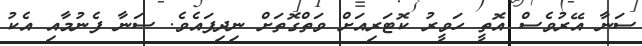
ސަނާ އޭރުވެސް އޮތީ ހަވީރު ކޮޓަރިއަށް ވަތްގޮތަށް ނިދިފައެވެ. ސަނާ ފެނުމާއި އެކު